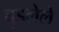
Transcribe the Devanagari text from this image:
बुडलेले